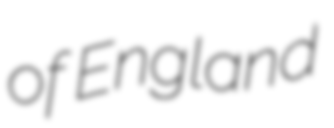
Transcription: of England